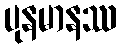
ပုနမာနဿ